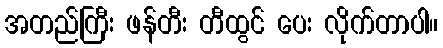
အတည်ကြီး ဖန်တီး တီထွင် ပေး လိုက်တာပါ။